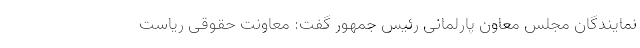
نمایندگان مجلس معاون پارلمانی رئیس جمهور گفت: معاونت حقوقی ریاست